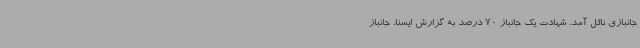
جانبازی نائل آمد. شهادت یک جانباز 70 درصد به گزارش ایسنا، جانباز